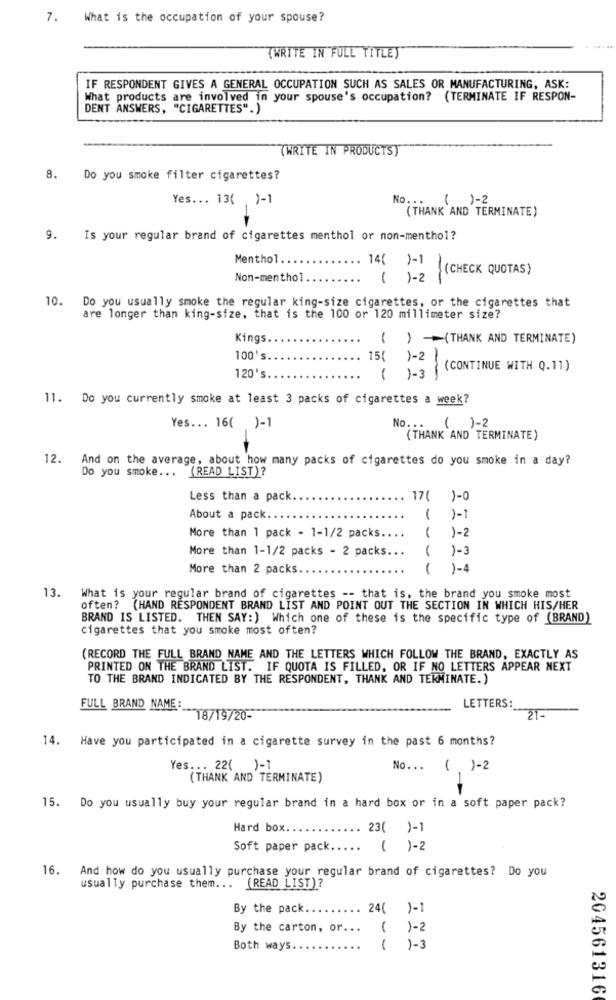
7.
What is the occupation of your spouse?
(WRITE IN FULL TITLE)
IF RESPONDENT GIVES A GENERAL OCCUPATION SUCH AS SALES OR MANUFACTURING, ASK:
What products are involved in your spouse's occupation? (TERMINATE IF RESPON-
DENT ANSWERS, "CIGARETTES".)
(WRITE IN PRODUCTS)
8.
Do you smoke filter cigarettes?
Yes ... 13( )-1
No ...
( )-2
(THANK AND TERMINATE)
9.
Is your regular brand of cigarettes menthol or non-menthol?
Menthol ..
14( )-1
(CHECK QUOTAS)
Non-menthol
( 1- 2 )
10. Do you usually smoke the regular king-size cigarettes, or the cigarettes that
are longer than king-size, that is the 100 or 120 millimeter size?
Kings
( ) (THANK AND TERMINATE)
100's
15( 1 - 2
(CONTINUE WITH Q.11)
120's
( )-3
1-
11. Do you currently smoke at least 3 packs of cigarettes a week?
Yes ... 16( )-1
No. ..
( )-2
(THANK AND TERMINATE)
12.
And on the average, about how many packs of cigarettes do you smoke in a day?
Do you smoke .. .
(READ LIST)?
Less than a pack
17( )-0
About a pack ..
( )-1
More than 1 pack - 1-1/2 packs ....
( )-2
More than 1-1/2 packs - 2 packs ...
( )-3
More than 2 packs.
( )-4
13.
What is your regular brand of cigarettes -- that is, the brand you smoke most
often? (HAND RESPONDENT BRAND LIST AND POINT OUT THE SECTION IN WHICH HIS/HER
BRAND IS LISTED. THEN SAY: ) Which one of these is the specific type of (BRAND)
cigarettes that you smoke most often?
(RECORD THE FULL BRAND NAME AND THE LETTERS WHICH FOLLOW THE BRAND, EXACTLY AS
PRINTED ON THE BRAND LIST. IF QUOTA IS FILLED, OR IF NO LETTERS APPEAR NEXT
TO THE BRAND INDICATED BY THE RESPONDENT, THANK AND TEKMINATE.)
FULL BRAND NAME:
LETTERS:
18/19/20-
14. Have you participated in a cigarette survey in the past 6 months?
Yes ... 22( )-1
No. ..
( )-2
(THANK AND TERMINATE)
15. Do you usually buy your regular brand in a hard box or in a soft paper pack?
Hard box.
.. 23( )-1
Soft paper pack ..... ( )-2
16.
And how do you usually purchase your regular brand of cigarettes? Do you
usually purchase them ... (READ LIST)?
By the pack .........
24( )-1
By the carton, or ...
1-2
Both ways.
1
1-3
204561316